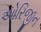
ઓરિજીન